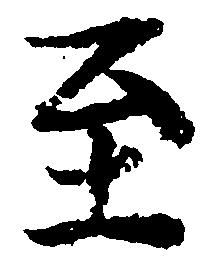
至